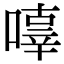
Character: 𠽿